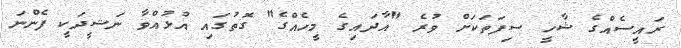
ރައީސެއްގެ ޝާހީ ސިފަތަކަށް ވުރެ "އާދައިގެ މީހެއްގެ" ގޮތުގައި އުޅުއްވާ ނަޝީދަކީ ފެންނަ